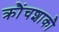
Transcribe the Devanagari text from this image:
क्रौंचशाकौ